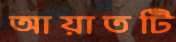
আয়াতটি